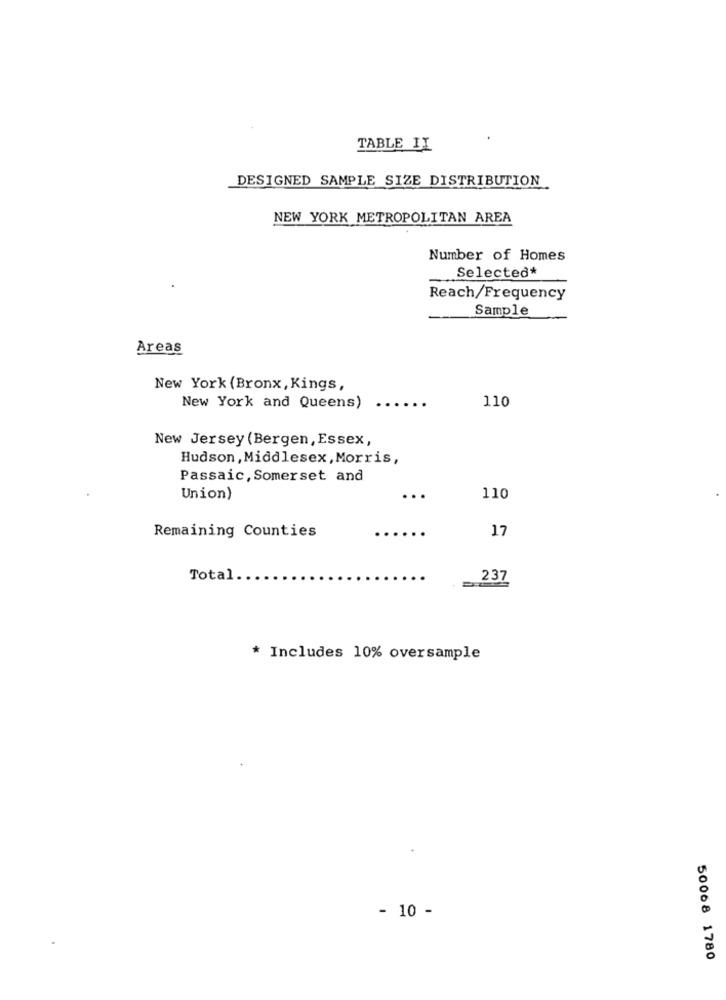
TABLE II
DESIGNED SAMPLE SIZE DISTRIBUTION
NEW YORK METROPOLITAN AREA
Number of Homes
Selected*
Reach/Frequency
Sample
Areas
New York (Bronx, Kings,
110
New York and Queens)
New Jersey (Bergen, Essex,
Hudson, Middlesex, Morris,
Passaic, Somerset and
Union)
..
110
Remaining Counties
.....
17
Total.
237
* Includes 10% oversample
- 10 -
50068 1780